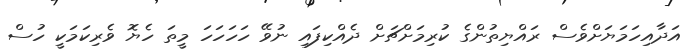
އަދާއިހަމަޔަށްވެސް ރައްޔިތުންގެ ކުރިމަށްޗަށް ދެއްކިފައި ނުވޭ ހަހަހަހަ މީތަ ހެޔޮ ވެރިކަމަކީ ހުސް